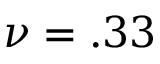
\nu = . 3 3